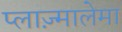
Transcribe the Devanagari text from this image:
प्लाज़्मालेमा